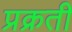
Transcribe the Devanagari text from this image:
प्रक्रती